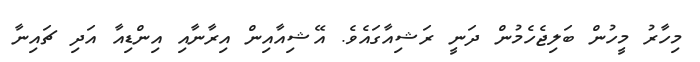
މިހާރު މީހުން ބަލިޖެހެމުން ދަނީ ރަޝިއާގައެވެ. އޭޝިއާއިން އިރާނާއި އިންޑިިއާ އަދި ޗައިނާ